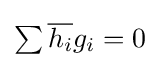
{\textstyle \sum {\overline {h_{i}}}g_{i}=0}